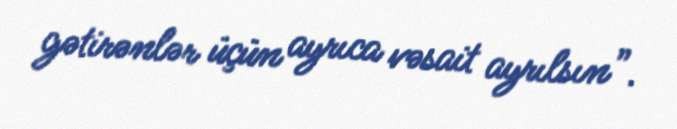
gətirənlər üçün ayrıca vəsait ayrılsın”.